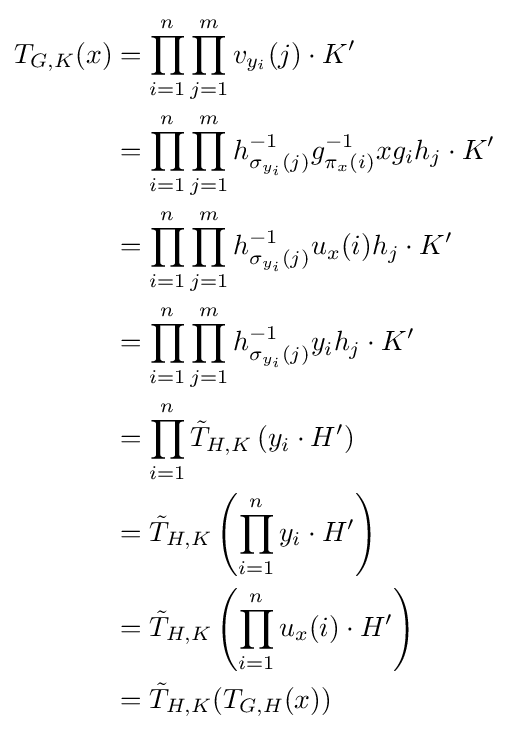
{\begin{aligned}T_{G,K}(x)&=\prod _{i=1}^{n}\prod _{j=1}^{m}v_{y_{i}}(j)\cdot K'\\&=\prod _{i=1}^{n}\prod _{j=1}^{m}h_{\sigma _{y_{i}}(j)}^{-1}g_{\pi _{x}(i)}^{-1}xg_{i}h_{j}\cdot K'\\&=\prod _{i=1}^{n}\prod _{j=1}^{m}h_{\sigma _{y_{i}}(j)}^{-1}u_{x}(i)h_{j}\cdot K'\\&=\prod _{i=1}^{n}\prod _{j=1}^{m}h_{\sigma _{y_{i}}(j)}^{-1}y_{i}h_{j}\cdot K'\\&=\prod _{i=1}^{n}{\tilde {T}}_{H,K}\left(y_{i}\cdot H'\right)\\&={\tilde {T}}_{H,K}\left(\prod _{i=1}^{n}y_{i}\cdot H'\right)\\&={\tilde {T}}_{H,K}\left(\prod _{i=1}^{n}u_{x}(i)\cdot H'\right)\\&={\tilde {T}}_{H,K}(T_{G,H}(x))\end{aligned}}